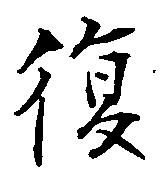
復